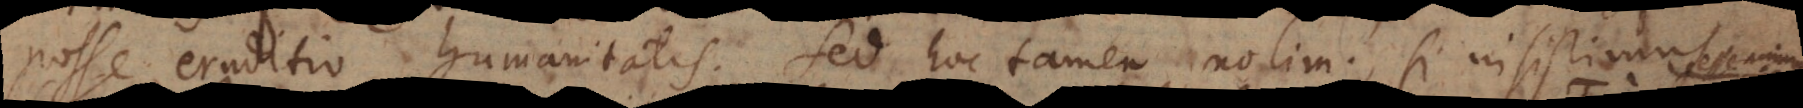
posse eruditio humanitatis. Sed hoc tamen nolim, si insistimus